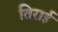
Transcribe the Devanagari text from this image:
तिराई